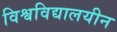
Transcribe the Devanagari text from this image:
विश्वविद्यालयीन